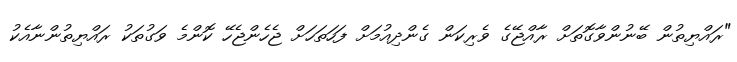
"ރައްޔިތުން ބޭނުންވާގޮތަށް ރާއްޖޭގެ ވެރިކަން ގެންދިއުމަށް ފަހަތަހަށް ޖެހެންޖެހޭ ކޮންމެ ވަގުތަކު ރައްޔިތުންނާއެކު